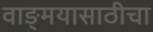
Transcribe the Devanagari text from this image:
वाङ्‌मयासाठीचा